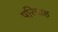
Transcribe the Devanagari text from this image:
परिग्राह